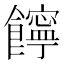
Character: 䭢